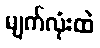
မျက်လုံးထဲ